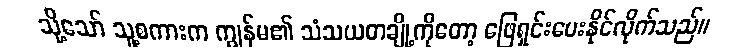
သို့သော် သူ့စကားက ကျွန်မ၏ သံသယတချို့ကိုတော့ ဖြေရှင်းပေးနိုင်လိုက်သည်။